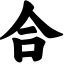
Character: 合